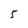
Character: 5